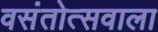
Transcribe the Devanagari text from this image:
वसंतोत्सवाला